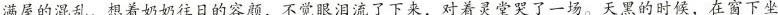
满屋的混乱，想着奶奶往日的容颜，不觉眼泪流了下来，对着灵堂哭了一场。天黑的时候，在窗下坐